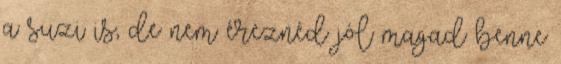
a suzi is, de nem éreznéd jól magad benne